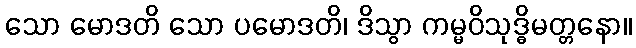
သော မောဒတိ သော ပမောဒတိ၊ ဒိသွာ ကမ္မဝိသုဒ္ဓိမတ္တနော။